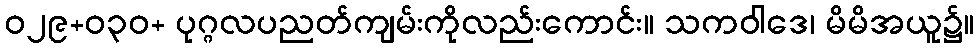
ဝ၂၉+ဝ၃၀+ ပုဂ္ဂလပညတ်ကျမ်းကိုလည်းကောင်း။ သကဝါဒေ၊ မိမိအယူ၌။